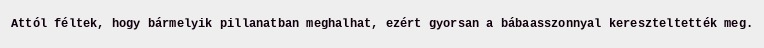
Attól féltek, hogy bármelyik pillanatban meghalhat, ezért gyorsan a bábaasszonnyal kereszteltették meg.